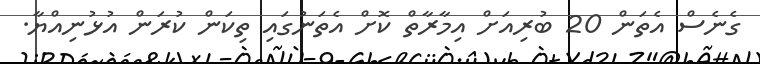
ގެނެސް އެތަން 20 ބުރިއަށް އިމާރާތް ކޮށް އެތަނުގައި ތިކަން ކުރަން އުޅުނިއްޔާ.